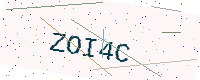
Text: ZOI4C